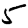
Digit: 5